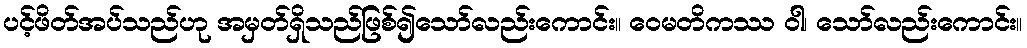
ပင့်ဖိတ်အပ်သည်ဟု အမှတ်ရှိသည်ဖြစ်၍သော်လည်းကောင်း။ ဝေမတိကဿ ဝါ၊ သော်လည်းကောင်း။